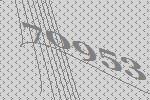
70953